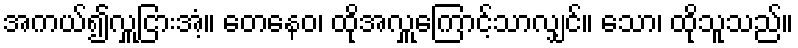
အကယ်၍လှူငြားအံ့။ တေနေဝ၊ ထိုအလှူကြောင့်သာလျှင်။ သော၊ ထိုသူသည်။